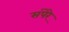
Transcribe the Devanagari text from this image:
संपेरे